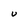
Character: U